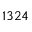
1 3 2 4